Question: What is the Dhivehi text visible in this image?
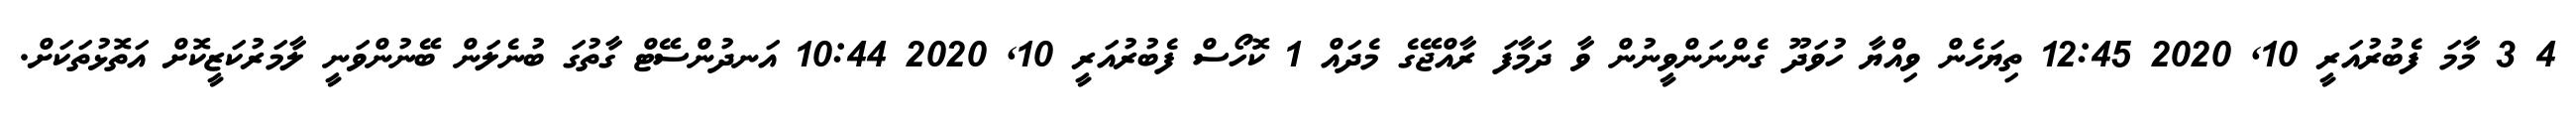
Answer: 4 3 މާމަ ފެބުރުއަރީ 10, 2020 12:45 ތިޔަހެން ވިއްޔާ ހުވަދޫ ގެންނަންވީނުން ވާ ދަމާފަ ރާއްޖޭގެ މެދައް 1 ކޮހޯސް ފެބުރުއަރީ 10, 2020 10:44 އަނދުންސޭޓް ގާތުގަ ބުނެލަން ބޭނުންވަނީ ލާމަރުކަޒީކޮށް އަތޮޅުތަކަށް.